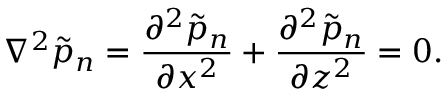
\nabla ^ { 2 } \tilde { p } _ { n } = \frac { \partial ^ { 2 } \tilde { p } _ { n } } { \partial x ^ { 2 } } + \frac { \partial ^ { 2 } \tilde { p } _ { n } } { \partial z ^ { 2 } } = 0 .